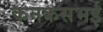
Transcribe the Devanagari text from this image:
कनकसभई